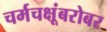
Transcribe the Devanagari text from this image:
चर्मचक्षूंबरोबर